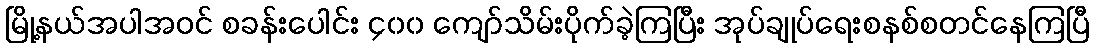
မြို့နယ်အပါအဝင် စခန်းပေါင်း ၄၀၀ ကျော်သိမ်းပိုက်ခဲ့ကြပြီး အုပ်ချုပ်ရေးစနစ်စတင်နေကြပြီ